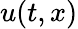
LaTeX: u(t,x)